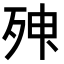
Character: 𣨃